Summary of further report on surra
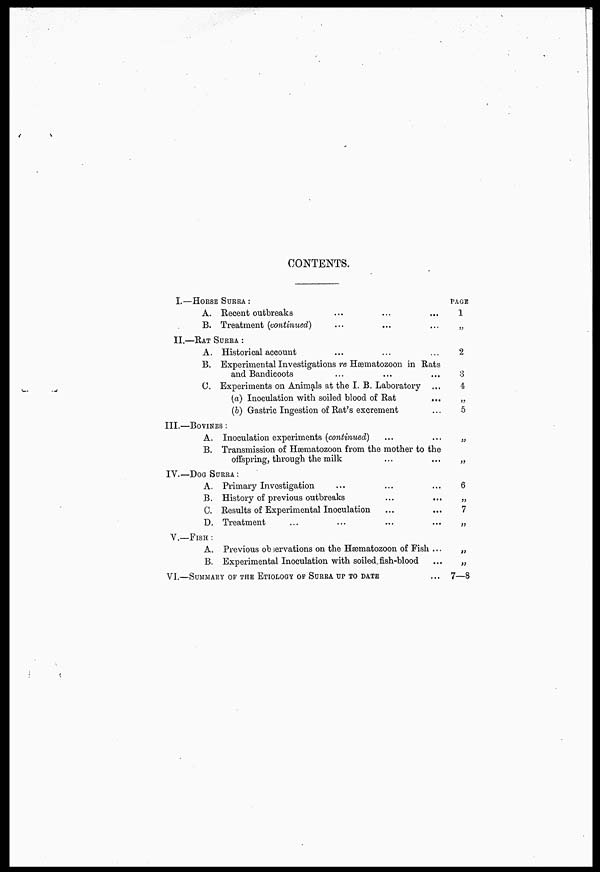
CONTENTS.
I.
II.
III.
IV.
V.
VI.
—HORSE SURRA :
A. Recent outbreaks
B. Treatment (continued)
—RAT SURRA :
A. Historical account
B. Experimental Investigations re Hæmatozoon in Rats
and Bandicoots
C Experiments on Animals at the I. B. Laboratory
(a) Inoculation with soiled blood of Rat
(b) Gastric Ingestion of Rat's excrement
—BOVINES :
A. Inoculation experiments (continued)
B. Transmission of Hæmatozoon from the mother to the
offspring, through the milk
—DOG SURRA :
A. Primary Investigation
B. History of previous outbreaks
C. Results of Experimental Inoculation
D. Treatment
—FISH :
A. Previous observations on the Hæmatozoon of Fish ...
B. Experimental Inoculation with soiled, fish-blood
—SUMMARY OF THE ETIOLOGY OF SURRA UP TO DATE
PAGE
1
„
2
3
4
„
5
„
6
„
7
„
„
„
7—8